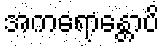
အကရောန္တောပိ